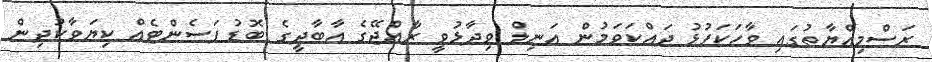
ރަސްމިއްޔާތުގައި ވާހަކަފުޅު ދައްކަވަމުން އަނިލް ވިދާޅުވީ ރާއްޖޭގެ އާބާދީގެ ބޮޑު ޕަސެންޓެއް ކިޔަވާކުދިން